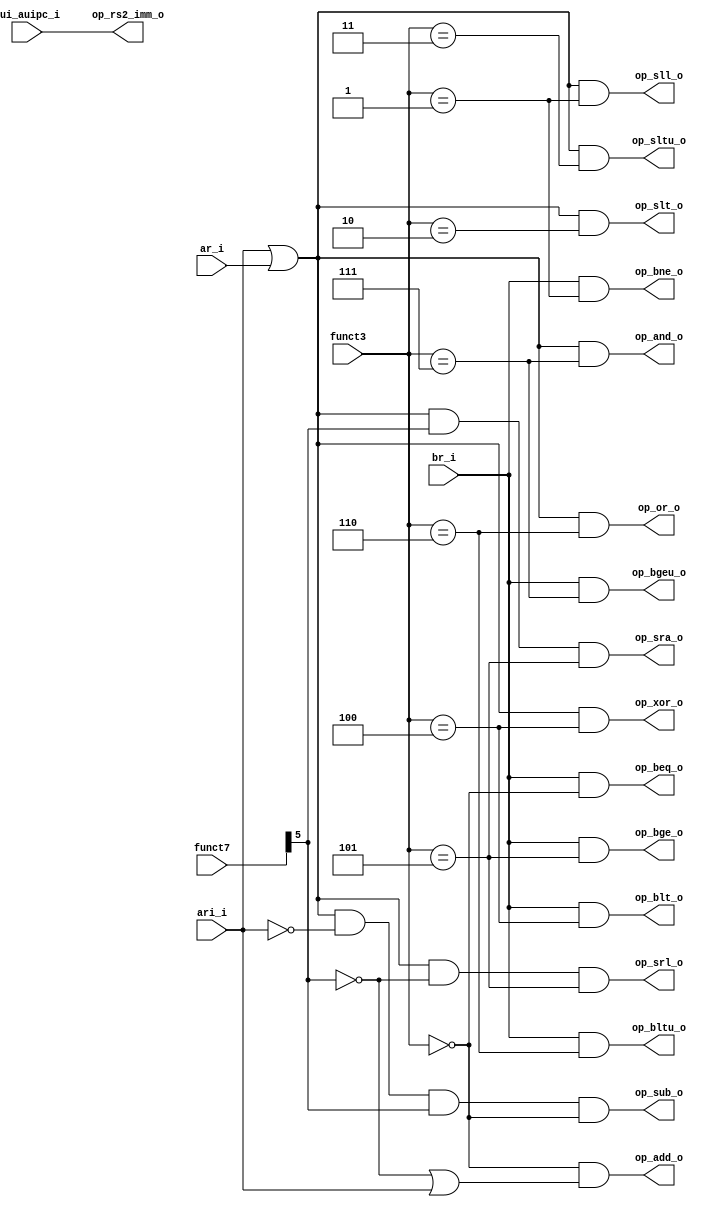
//
//   ______     ___________  ___     ____   ____     _                _     _
//  |  _ \ \   / /___ /___ \|_ _|   / ___| / ___|   | |    ___   __ _(_)___(_)
//  | |_) \ \ / /  |_ \ __) || |    \___ \| |       | |   / _ \ / _` | / __| | '_ ` _ \
//  |  _ < \ V /  ___) / __/ | |     ___) | |___    | |__| (_) | (_| | \__ \ | | | | | |
//  |_| \_\ \_/  |____/_____|___|___|____/ \____|___|_____\___/ \__, |_|___/_|_| |_| |_|
//                             |_____|         |_____|          |___/
//
// Project  https://github.com/meiniKi/RV32I_SC_Logisim/           
// Author   Meinhard Kissich
//
// Usage    Decoder for arithmetic logic unit  
//
//

module rv32i_aludec( 
   input  wire [2:0] funct3,
   input  wire [6:0] funct7,
   input  wire       ari_i,
   input  wire       ar_i,
   input  wire       br_i,
   input  wire       lui_auipc_i,
   output wire       op_add_o,
   output wire       op_sub_o,
   output wire       op_sll_o,
   output wire       op_slt_o,
   output wire       op_sltu_o,
   output wire       op_xor_o,
   output wire       op_srl_o,
   output wire       op_sra_o,
   output wire       op_or_o,
   output wire       op_and_o,
   output wire       op_beq_o,
   output wire       op_blt_o,
   output wire       op_bge_o,
   output wire       op_bne_o,
   output wire       op_bltu_o,
   output wire       op_bgeu_o,
   output wire       op_rs2_imm_o
);

   wire ar_or_ari = ari_i | ar_i;

   assign op_add_o   = (funct3 == 3'b0) & ((~funct7[5]) | ari_i);
   assign op_sub_o   = ar_or_ari & (~ari_i) & funct7[5] & (funct3 == 3'b0);
   assign op_sll_o   = ar_or_ari & (funct3 == 3'b1);
   assign op_slt_o   = ar_or_ari & (funct3 == 3'b10);
   assign op_sltu_o  = ar_or_ari & (funct3 == 3'b11);
   assign op_xor_o   = ar_or_ari & (funct3 == 3'b100);
   assign op_srl_o   = ar_or_ari & (~funct7[5]) & (funct3 == 3'b101);
   assign op_sra_o   = ar_or_ari & funct7[5] & (funct3 == 3'b101);
   assign op_or_o    = ar_or_ari & (funct3 == 3'b110);
   assign op_and_o   = ar_or_ari & (funct3 == 3'b111);

   assign op_beq_o   = br_i & (funct3 == 3'b000);
   assign op_bne_o   = br_i & (funct3 == 3'b001);
   assign op_blt_o   = br_i & (funct3 == 3'b100);
   assign op_bge_o   = br_i & (funct3 == 3'b101);
   assign op_bltu_o  = br_i & (funct3 == 3'b110);
   assign op_bgeu_o  = br_i & (funct3 == 3'b111);

   assign op_rs2_imm_o = lui_auipc_i;

endmodule